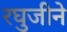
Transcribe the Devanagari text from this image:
रघुजीने